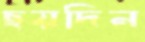
ছয়দিন